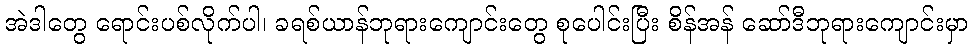
အဲဒါတွေ ရောင်းပစ်လိုက်ပါ၊ ခရစ်ယာန်ဘုရားကျောင်းတွေ စုပေါင်းပြီး စိန်အန် ဆော်ဒီဘုရားကျောင်းမှာ